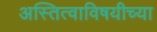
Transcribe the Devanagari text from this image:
अस्तित्वाविषयीच्या